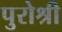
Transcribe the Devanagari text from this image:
पुरोश्री